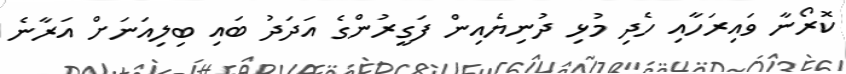
ކޮރޯނާ ވައިރަހާއި ހެދި މުޅި ދުނިޔެއިން ފަގީރުންގެ އަދަދު ބައި ބިލިއަނަށް އަރާނެ